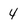
Character: 4